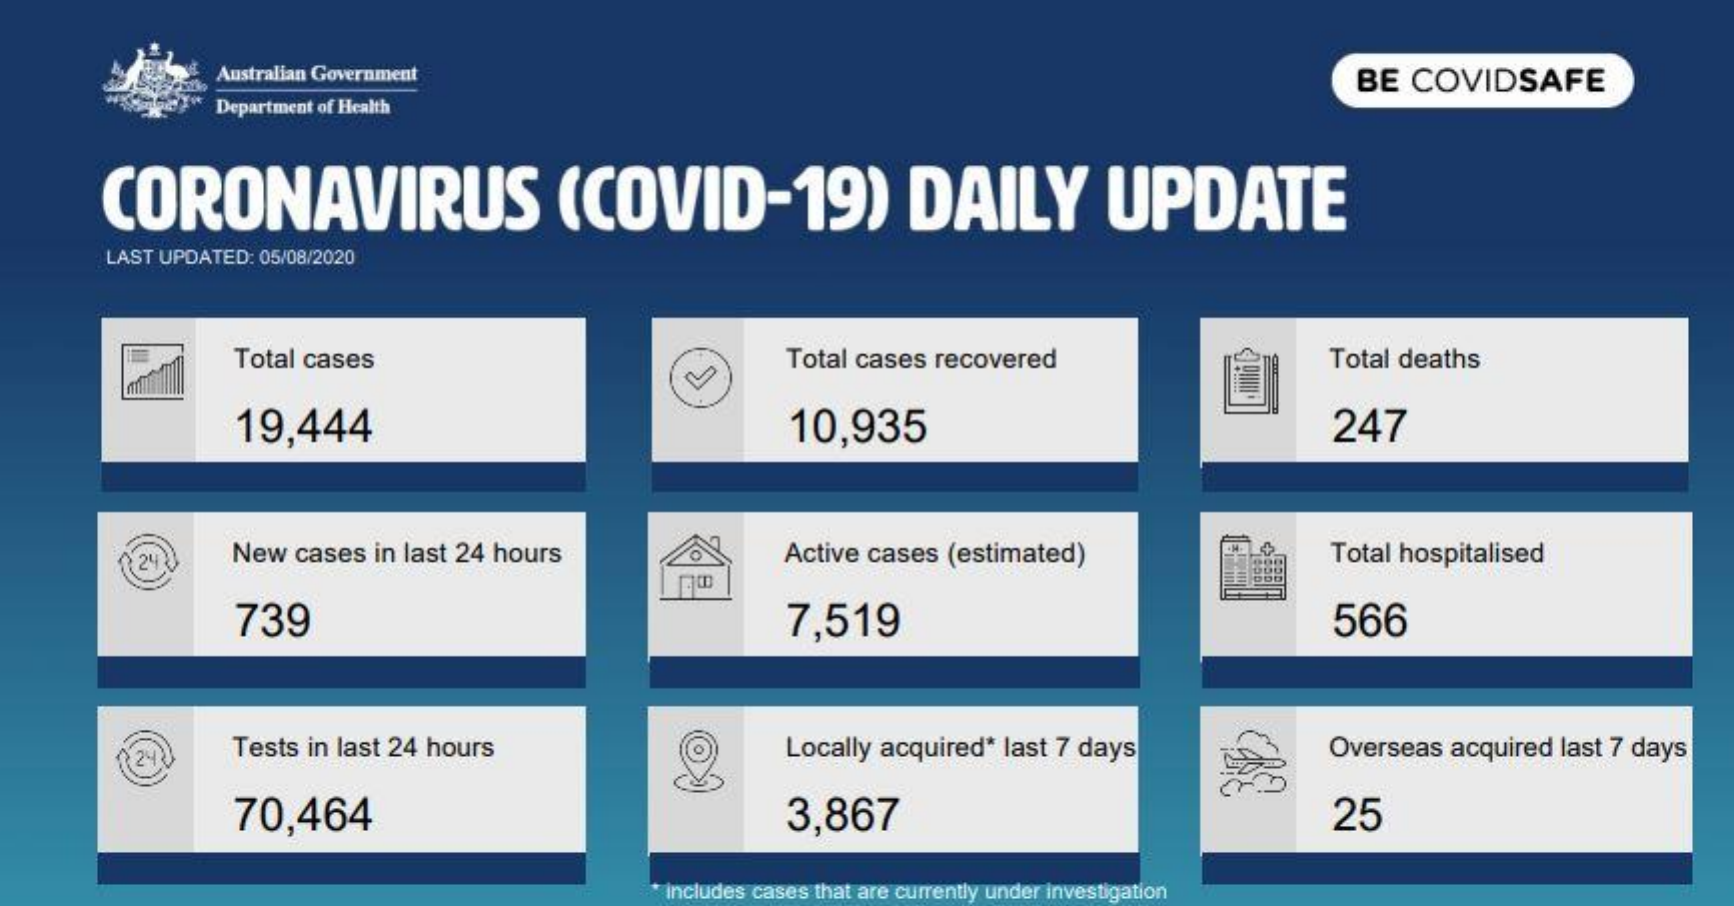
Australian Government    BE COVIDSAFE
     Department of Health
     CORONAVIRUS    (COVID-19)    DAILY    UPDATE
     LAST UPDATED: 05/08/2020
     Total cases    Total cases recovered    Total deaths
     19,444    10,935    247
     New cases in last 24 hours Active cases (estimated) Total hospitalised
     739    7,519    566
     Tests in last 24 hours    Locally acquired* last 7 days Overseas acquired last 7 days
     70,464    3,867    25
     Includes cases that are currently under Investigation